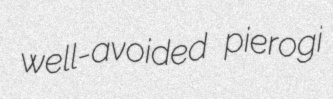
well-avoided pierogi